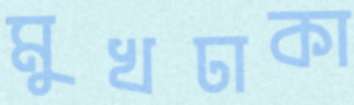
মুখঢাকা